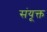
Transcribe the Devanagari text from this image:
संयूक्त